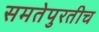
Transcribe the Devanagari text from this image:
समतेपुरतीच